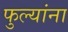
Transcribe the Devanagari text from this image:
फुल्यांना